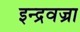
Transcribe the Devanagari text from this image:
इन्द्रवज्रा